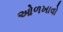
ઓળખાવો